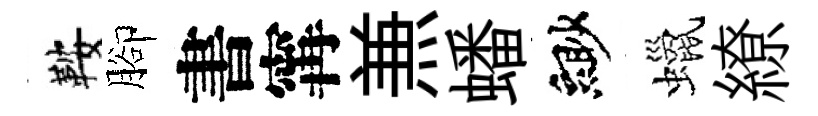
鞍腳書𡩋𠔥蟠緲蠟繚